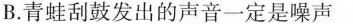
B.青蛙刮鼓发出的声音一定是噪声